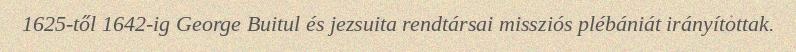
1625-től 1642-ig George Buitul és jezsuita rendtársai missziós plébániát irányítottak.